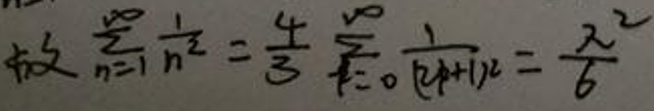
故$\sum_{n = 1}^{\infty}\frac{1}{n^{2}}=\frac{4}{3}\sum_{k = 0}^{\infty}\frac{1}{(2k + 1)^{2}}=\frac{\pi^{2}}{6}$